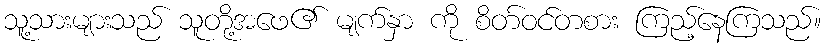
သူ့သားများသည် သူတို့အဖေ၏ မျက်နှာ ကို စိတ်ဝင်တစား ကြည့်နေကြသည်။